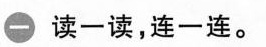
一 读一读，连一连。